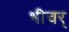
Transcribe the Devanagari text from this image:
भीचर्